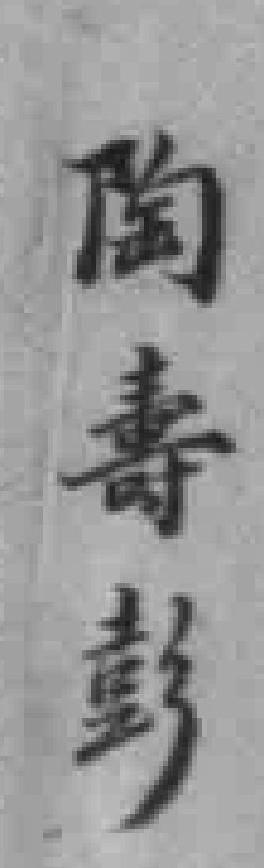
陶壽彭